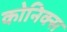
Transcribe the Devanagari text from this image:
कोनिक्स